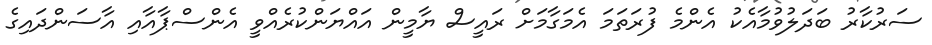
ސަރުކާރު ބަދަލުވުމާއެކު އެންމެ ފުރަތަމަ އެމަގާމަށް ރައީސް ޔާމީން އައްޔަންކުރެއްވީ އެންސްޕާއާއި އާސަންދައިގެ